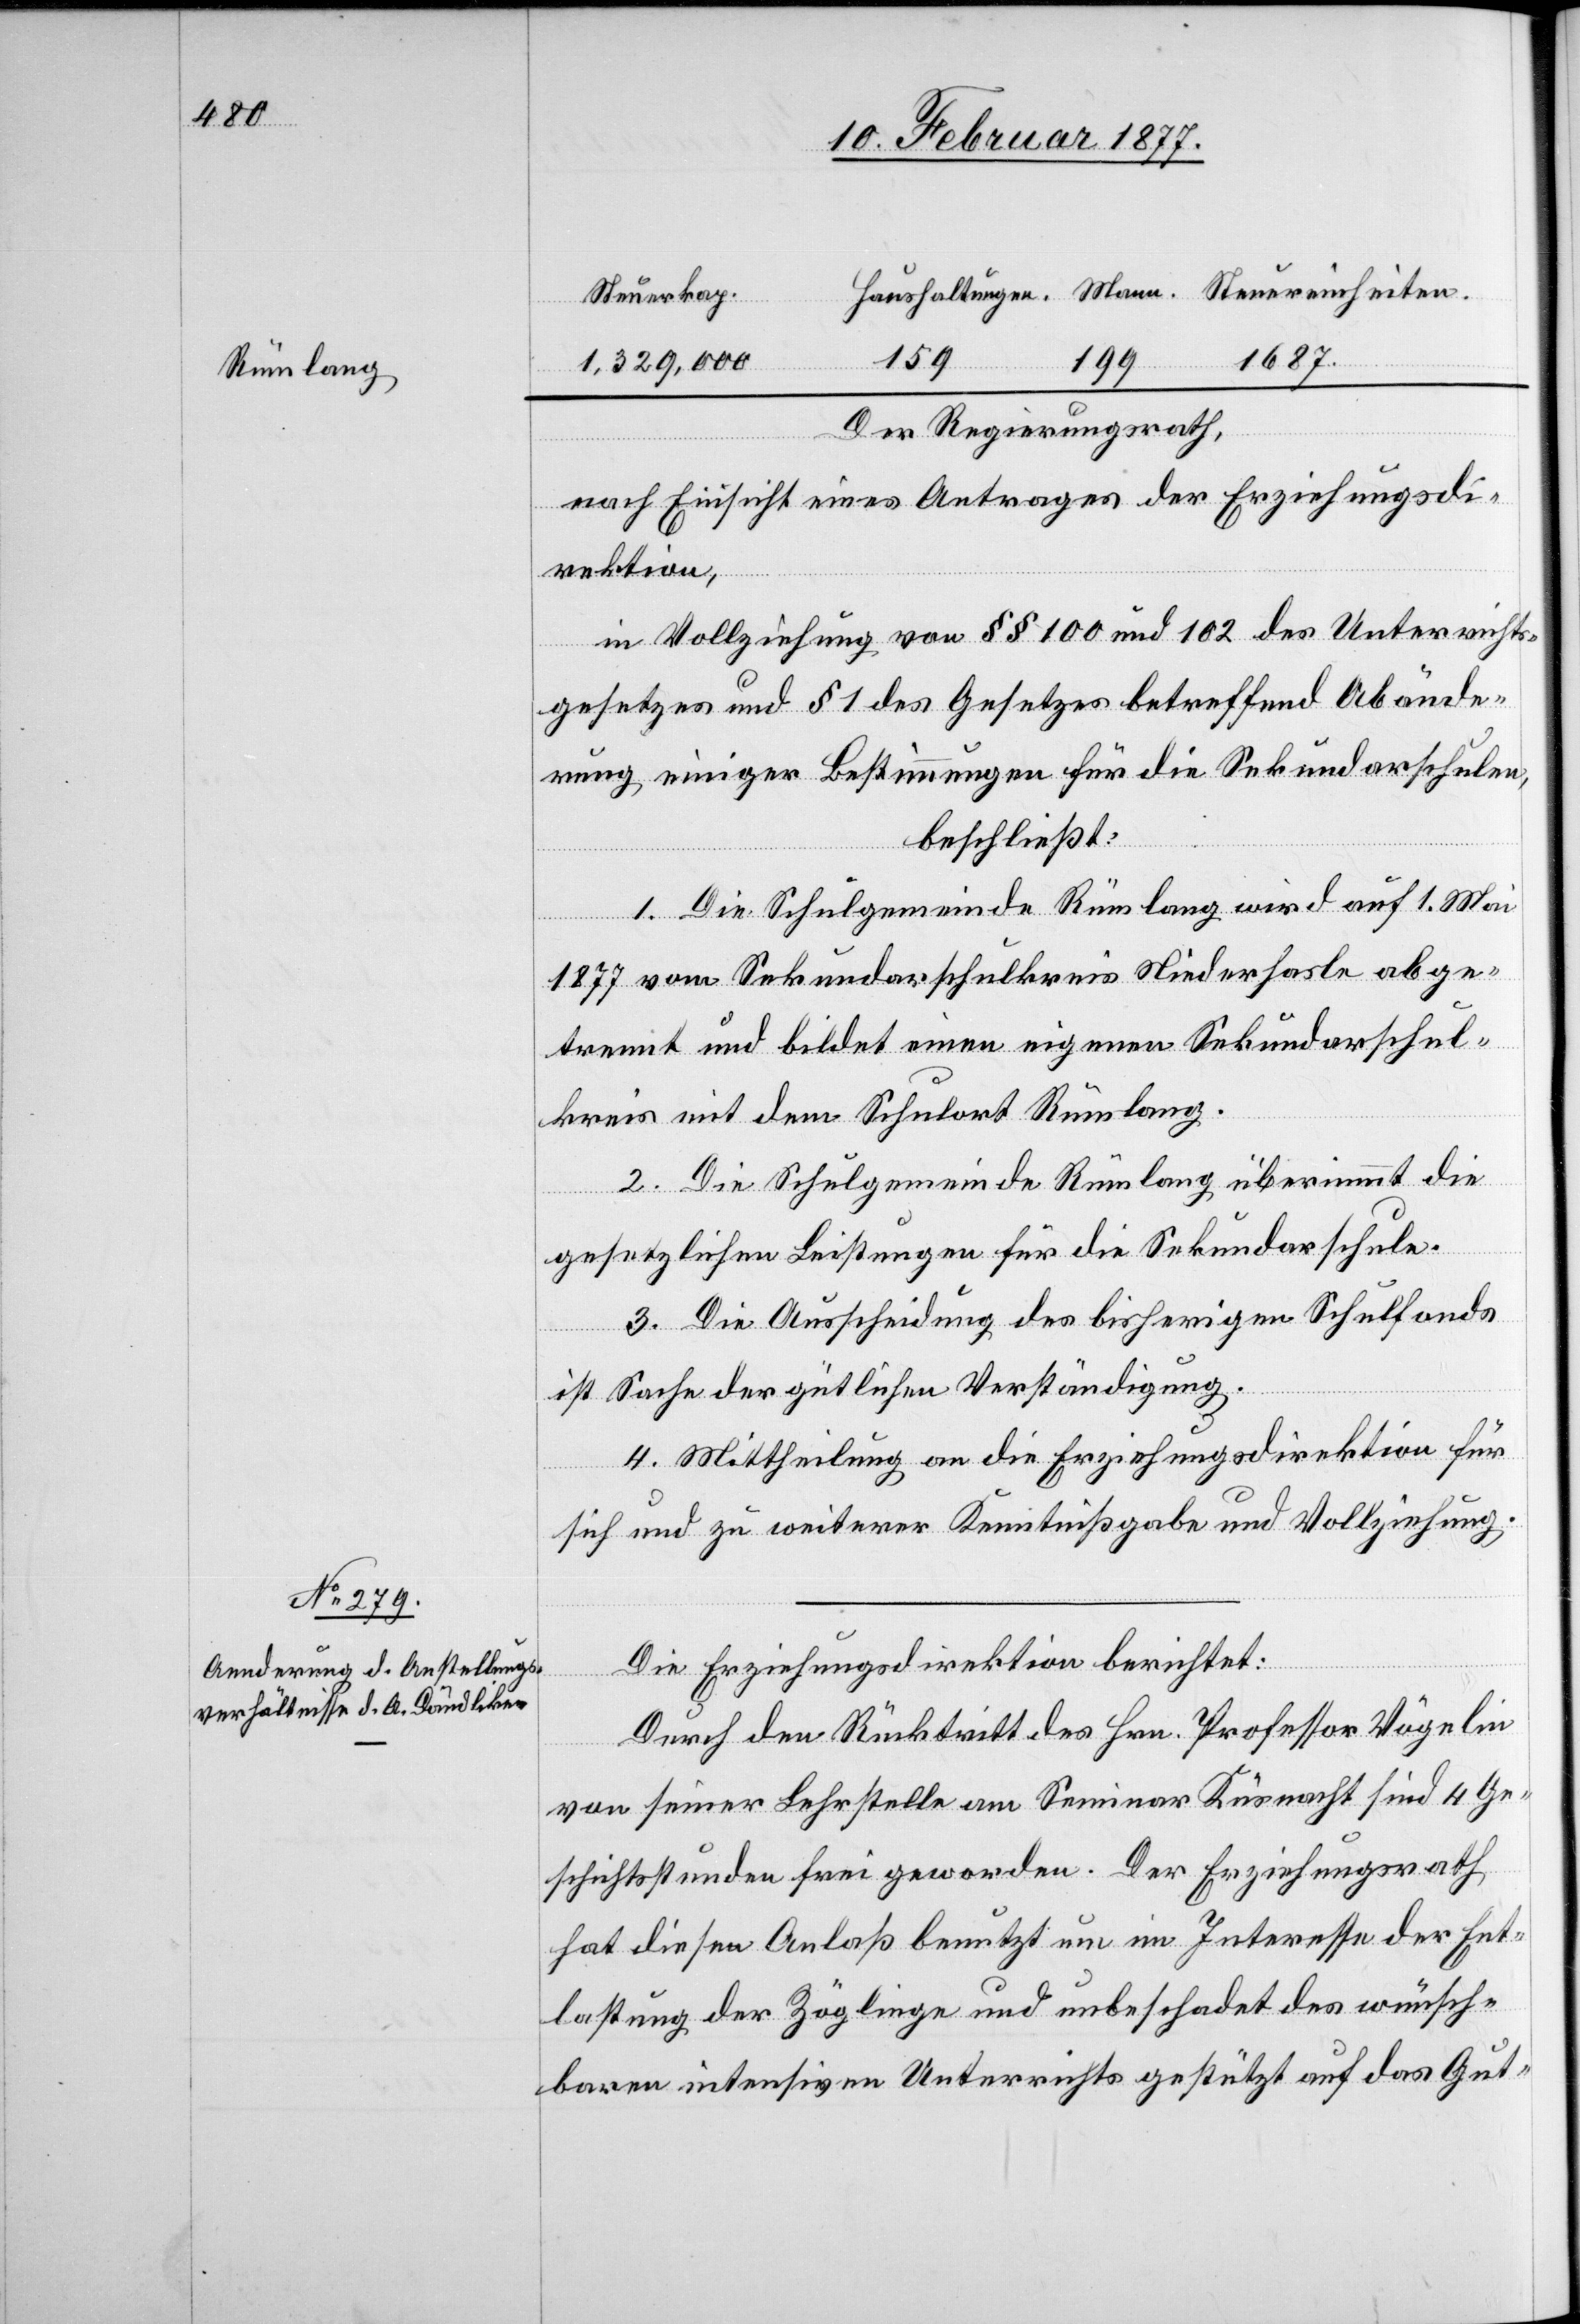
Steuerkap.
Rümlang
1687
159
199
1,329,000
Der Regierungsrath,
nach Einsicht eines Antrages der Erziehungsdi¬
ein¬
rektion,
in Vollziehung von §§ 100 und 102 des Unterrichts¬
gesetzes und § 1 des Gesetzes betreffend Abände¬
rung einiger Bestimmungen für die Sekundarschule,
beschließt:
1. Die Schulgemeinde Rümlang wird auf 1. Mai
1877 vom Sekundarschulkreis Niederhasle abge¬
trennt und bildet einen eigenen Sekundarschul¬
kreis mit dem Schulort Rümlang.
2. Die Schulgemeinde Rümlang übernimmt die
gesetzlichen Leistungen für die Sekundarschule.
3. Die Ausscheidung des bisherigen Schulfonds
ist Sache der gütlichen Verständigung.
4. Mittheilung an die Erziehungsdirektion für
sich und zu weiterer Kenntnißgabe und Vollziehung.
Die Erziehungsdirektion berichtet:
Durch Rücktritt des Hrn. Professor Vögelin
von seiner Lehrstelle am Seminar Küsnacht sind 4 Ge¬
schichtsstunden frei geworden. Der Erziehungsrath
hat diesen Anlaß benutzt um im Interesse der Ent¬
lastung der Zöglinge und unbeschadet des wünsch¬
baren intensiven Unterrichts gestützt auf das Gut-